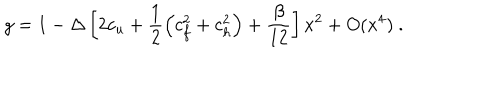
g = 1 - \Delta \left[ 2 c _ { u } + \frac 1 2 \left( c _ { f } ^ { 2 } + c _ { h } ^ { 2 } \right) + \frac \beta { 1 2 } \right] x ^ { 2 } + O ( x ^ { 4 } ) \ .